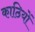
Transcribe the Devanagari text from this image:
काठियों